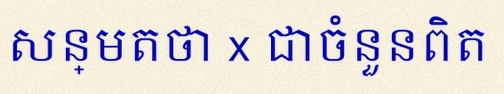
សន្មតថា x ជាចំនួនពិត